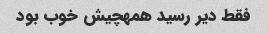
فقط دیر رسید همهچیش خوب بود